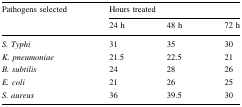
| <ROWSPAN=2> Pathogens selected | <COLSPAN=3> Hours treated |
 | 24 h | 48 h | 72 h |
 | --- | --- | --- | --- |
 | S. Typhi | 31 | 35 | 30 |
 | K. pneumoniae | 21.5 | 22.5 | 21 |
 | B. subtilis | 24 | 28 | 26 |
 | E. coli | 21 | 26 | 25 |
 | S. aureus | 36 | 39.5 | 30 |